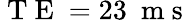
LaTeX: \mathrm{~T~E~}=23\ \mathrm{~m~s~}